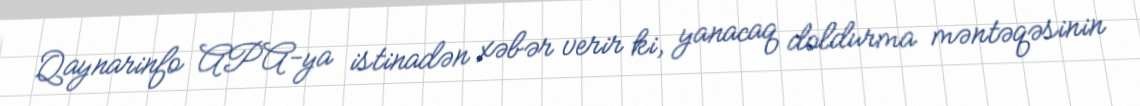
Qaynarinfo APA-ya istinadən xəbər verir ki, yanacaq doldurma məntəqəsinin